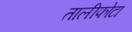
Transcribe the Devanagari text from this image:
तालीफोटा